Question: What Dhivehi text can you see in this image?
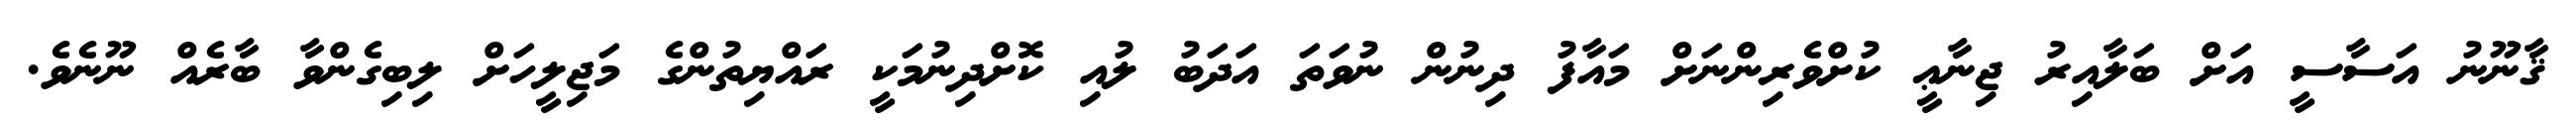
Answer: ޤާނޫނު އަސާސީ އަށް ބަލާއިރު ޖިނާޢީ ކުށްވެރިންނަށް މައާފު ދިނުން ނުވަތަ އަދަބު ލުއި ކޮށްދިނުމަކީ ރައްޔިތުންގެ މަޖިލީހަށް ލިބިގެންވާ ބާރެއް ނޫނެވެ.